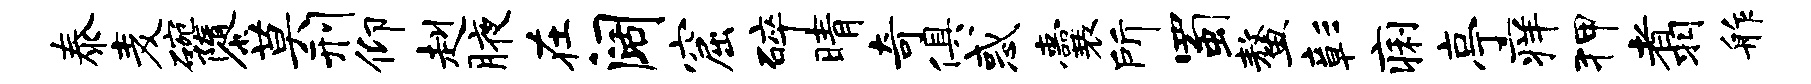
泰麦碗隳莫刑仰赳腋在阔窟碎晴奇俱惑囊所蜀鳌彰痢亭痒狎翥舴